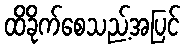
ထိခိုက်စေသည့်အပြင်